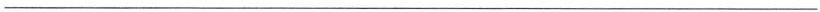
——————